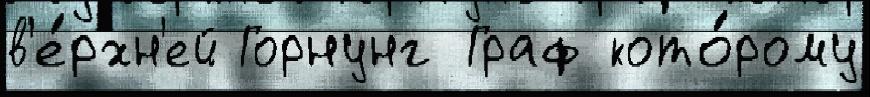
в'е́рхн'ей Горнунг Граф кото́рому